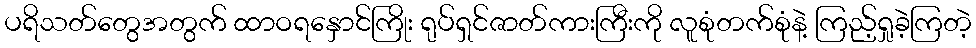
ပရိသတ်တွေအတွက် ထာဝရနှောင်ကြိုး ရုပ်ရှင်ဇာတ်ကားကြီးကို လူစုံတက်စုံနဲ့ ကြည့်ရှုခဲ့ကြတဲ့